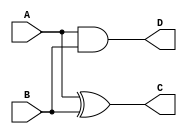
 `timescale 1s / 1ns
 

module HA(A,B,C,D);
input A,B;
output C,D;
//D=Carry C=Sum
assign C = A^B;
assign D=A&B;

endmodule

module FA(P,Q,R,S,T); //R = Cin, S = Sum, T =Carry
input P,Q,R;
output S,T;

assign S = P^Q^R;
assign T = (P&Q)|(Q&R)|(R&P);

endmodule

module bit4_adder(W,X,Sum,Carry);
input[3:0] W,X;
output[3:0] Sum;
output Carry;
wire C1,C2,C3;
 
//instantiation
HA h1((W[0]),(X[0]),Sum[0],C1);
FA f1(W[1],X[1],C1,Sum[1],C2);
FA f2(W[2],X[2],C2,Sum[2],C3);
FA f3(W[3],X[3],C3,Sum[3],Carry);

endmodule